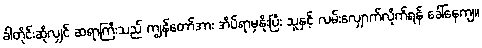
ခါတိုင်းဆိုလျှင် ဆရာကြီးသည် ကျွန်တော်အား အိပ်ရာမှနိုးပြီး သူနှင့် လမ်းလျှောက်လိုက်ရန် ခေါ်နေကျ။